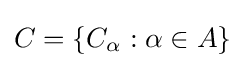
C=\left\{C_{\alpha }:\alpha \in A\right\}